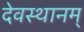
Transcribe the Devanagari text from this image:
देवस्थानम्